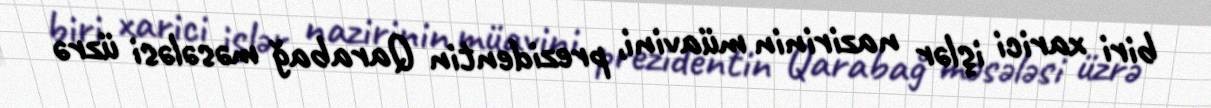
biri xarici işlər nazirinin müavini, prezidentin Qarabağ məsələsi üzrə